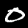
Digit: 0